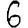
Digit: 6